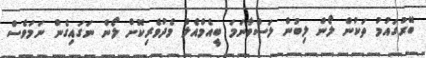
ބޭރުގައުމު ތަކުން ލޯން ލިބުން ލަސްވާނަމަ ބީއެމްއެލް މެދުވެރިކޮށް ލޯން ނަގައިގެން ނަމަވެސް